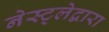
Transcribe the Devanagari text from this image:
नेस्ट्लेद्वारा